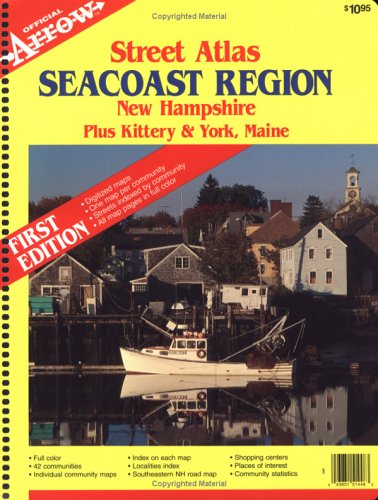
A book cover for Seacoast Region Atlas: New Hampshire Plus Kittery & York, Maine (Official Arrow Street Atlas); Travel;